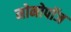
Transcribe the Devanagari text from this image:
मोनोपॉज